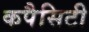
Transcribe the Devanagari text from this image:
कपैसिटी